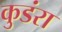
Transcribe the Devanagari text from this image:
कुडंरा